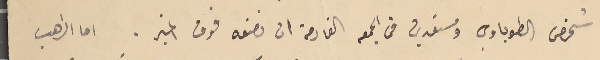
شخص الطوباوي ومستعدين من الجمعه القادمة ان نضعه فوق المنبر. اما الراهب